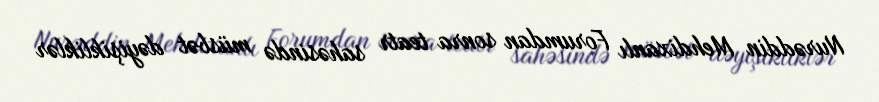
Nurəddin Mehdixanlı Forumdan sonra teatr sahəsində müsbət dəyişikliklər